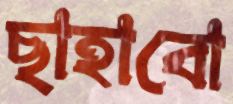
ছাহাবো